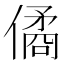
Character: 僪